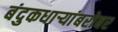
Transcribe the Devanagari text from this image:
बंदुकधार्‍यांबरोबर